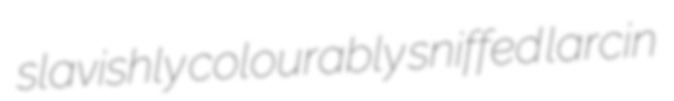
slavishly colourably sniffed larcin